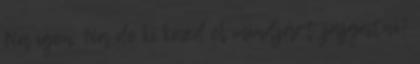
Na igen. Na de ki kezd el mindjárt jajgatni?